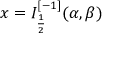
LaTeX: x = I _ { \frac { 1 } { 2 } } ^ { [ - 1 ] } ( \alpha , \beta )